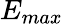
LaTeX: E_{max}